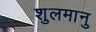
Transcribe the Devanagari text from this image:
शुलमानु